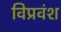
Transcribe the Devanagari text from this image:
विप्रवंश